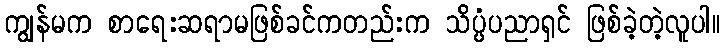
ကျွန်မက စာရေးဆရာမဖြစ်ခင်ကတည်းက သိပ္ပံပညာရှင် ဖြစ်ခဲ့တဲ့လူပါ။